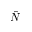
\hat { N }